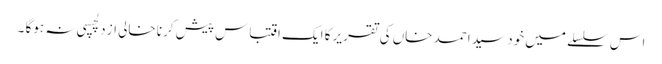
اس سلسلے میں خود سید احمد خاں کی تقریر کا ایک اقتباس پیش کرنا خالی از دلچسپی نہ ہوگا ۔